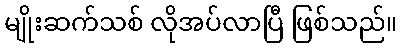
မျိုးဆက်သစ် လိုအပ်လာပြီ ဖြစ်သည်။